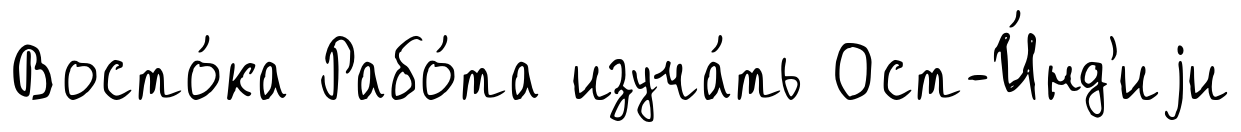
Восто́ка Рабо́та изуча́ть Ост-И́нд'иjи